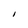
Character: I